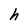
Character: h